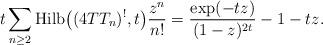
LaTeX: \begin{gather*} t \sum_{n\ge 2} {\rm Hilb}\big((4TT_n)^{!},t\big) {z^n \over n!} ={\exp(-t z) \over (1-z)^{2 t}}-1-t z.\end{gather*}